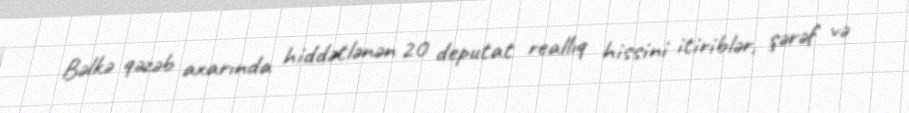
Bəlkə qəzəb axarında hiddətlənən 20 deputat reallıq hissini itiriblər, şərəf və